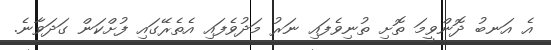
އެ އަނބު ދޮންވީމަ ތޮށި ތުނިވެފައި ނަރު މަދުވެފައި އެތެރޭގައި ފުށްކަން ގަދަވާނެ.